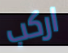
اركب